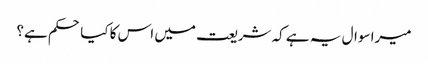
میرا سوال یہ ہے کہ شریعت میں اس کا کیا حکم ہے؟